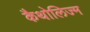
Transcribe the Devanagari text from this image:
कैथोलिज्म